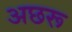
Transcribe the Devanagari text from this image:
अछरू